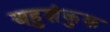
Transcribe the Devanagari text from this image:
बहुशंकुक